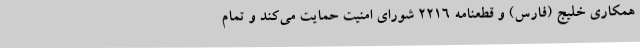
همکاری خلیج (فارس) و قطعنامه 2216 شورای امنیت حمایت می‌کند و تمام